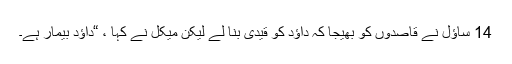
14 ساؤل نے قاصدوں کو بھیجا کہ داؤد کو قیدی بنا لے لیکن میکل نے کہا ، “داؤد بیمار ہے۔